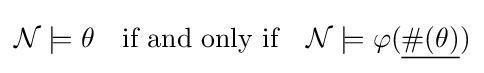
{\mathcal {N}}\models \theta \quad {\text{if and only if}}\quad {\mathcal {N}}\models \varphi ({\underline {\#(\theta )}})